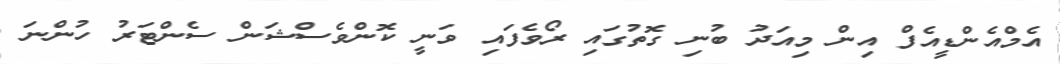
އެމްއެންޑީއެފް އިން މިއަދު ބުނި ގޮތުގައި ރޯވެފައި ވަނީ ކޮންވެސްޝަން ސެންޓަރު ހުންނަ